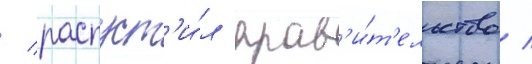
/ распуст'и́л прав'и́т'ельство /